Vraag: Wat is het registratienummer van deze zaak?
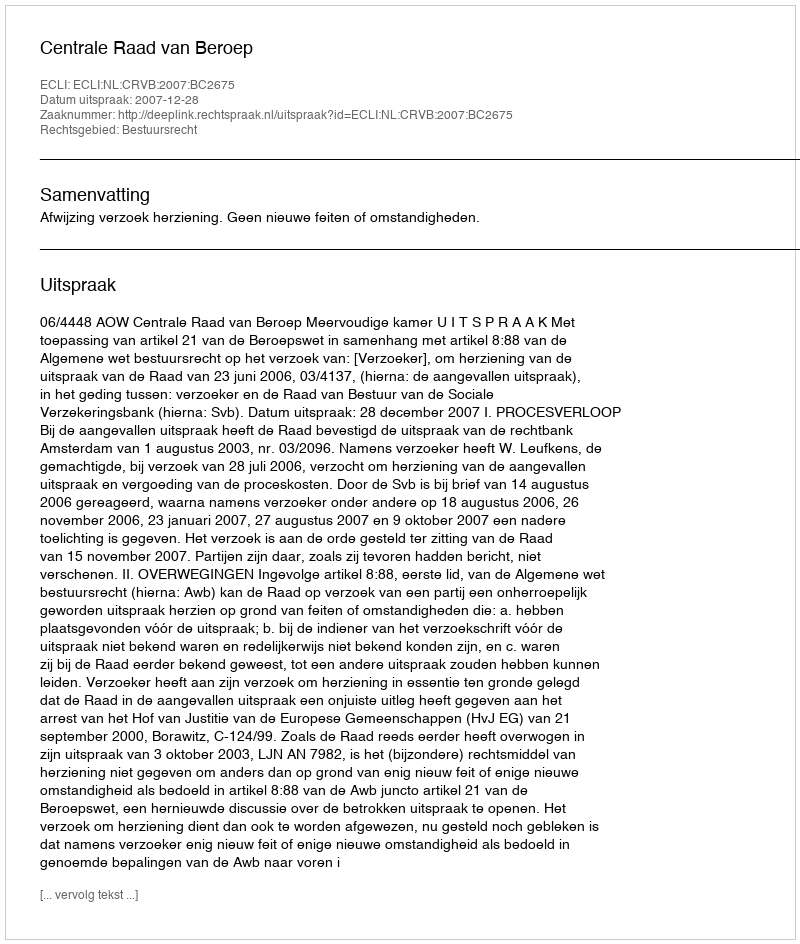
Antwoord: http://deeplink.rechtspraak.nl/uitspraak?id=ECLI:NL:CRVB:2007:BC2675